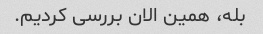
بله، همین الان بررسی کردیم.